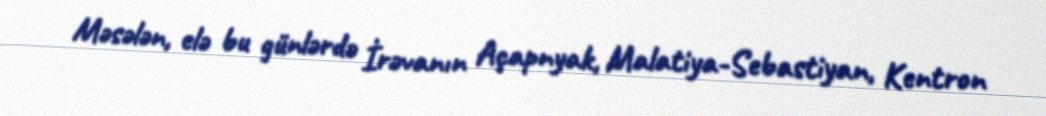
Məsələn, elə bu günlərdə İrəvanın Açapnyak, Malatiya-Sebastiyan, Kentron